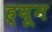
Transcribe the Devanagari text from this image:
ह्यून